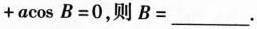
+ a cos B = 0$$，则B=___。